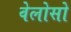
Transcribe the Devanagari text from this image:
वेलोसो